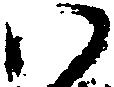
ハ